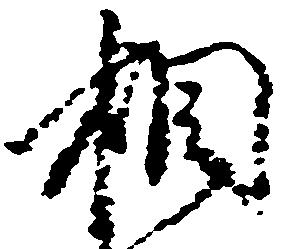
相